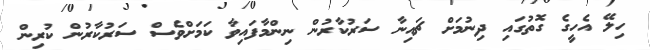
ހިލޭ އެހީގެ ގޮތުގައި ދިނުމަށް ޗައިނާ ސަރުކާރުން ނިންމާފައިވާ ކަމަށްވެސް ސަރުކާރުން ކުރިން